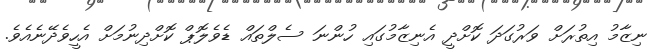
ނިޒާމު އިތުރަށް ވަރުގަދަ ކޮށްދީ އެނިޒާމުގައި ހުންނަ ސެލްތައް ޑެވެލޮޕް ކޮށްދިނުމަށް އެހީވެދޭނެއެވެ.